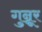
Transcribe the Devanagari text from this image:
गुन्नूर